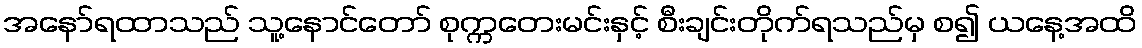
အနော်ရထာသည် သူ့နောင်တော် စုက္ကတေးမင်းနှင့် စီးချင်းတိုက်ရသည်မှ စ၍ ယနေ့အထိ